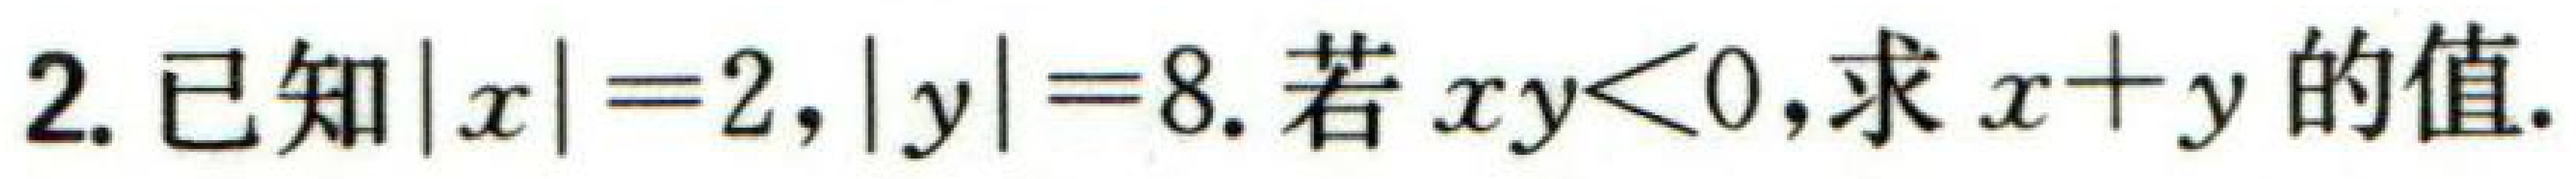
2. 已知\(\vert x\vert = 2,\vert y\vert = 8\). 若 \(xy<0\),求 \(x + y\)的值.